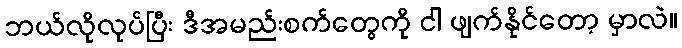
ဘယ်လိုလုပ်ပြီး ဒီအမည်းစက်တွေကို ငါ ဖျက်နိုင်တော့ မှာလဲ။